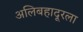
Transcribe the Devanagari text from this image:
अलिबहादूरला